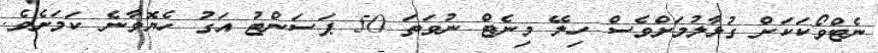
ނެޓްވޯކަކަށް ގުޅާލުމަށްވެސް ހިލޭ މިނެޓް ނުވަތަ 50 ޕަސަންޓު އަގު ހެޔޮވާނެ ކަމަށެވެ.